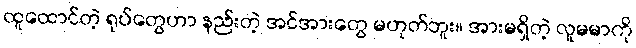
ထူထောင်တဲ့ ရုပ်တွေဟာ နည်းတဲ့ အင်အားတွေ မဟုတ်ဘူး။ အားမရှိတဲ့ လူမမာကို